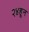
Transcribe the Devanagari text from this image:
२४हून